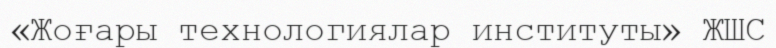
«Жоғары технологиялар институты» ЖШС